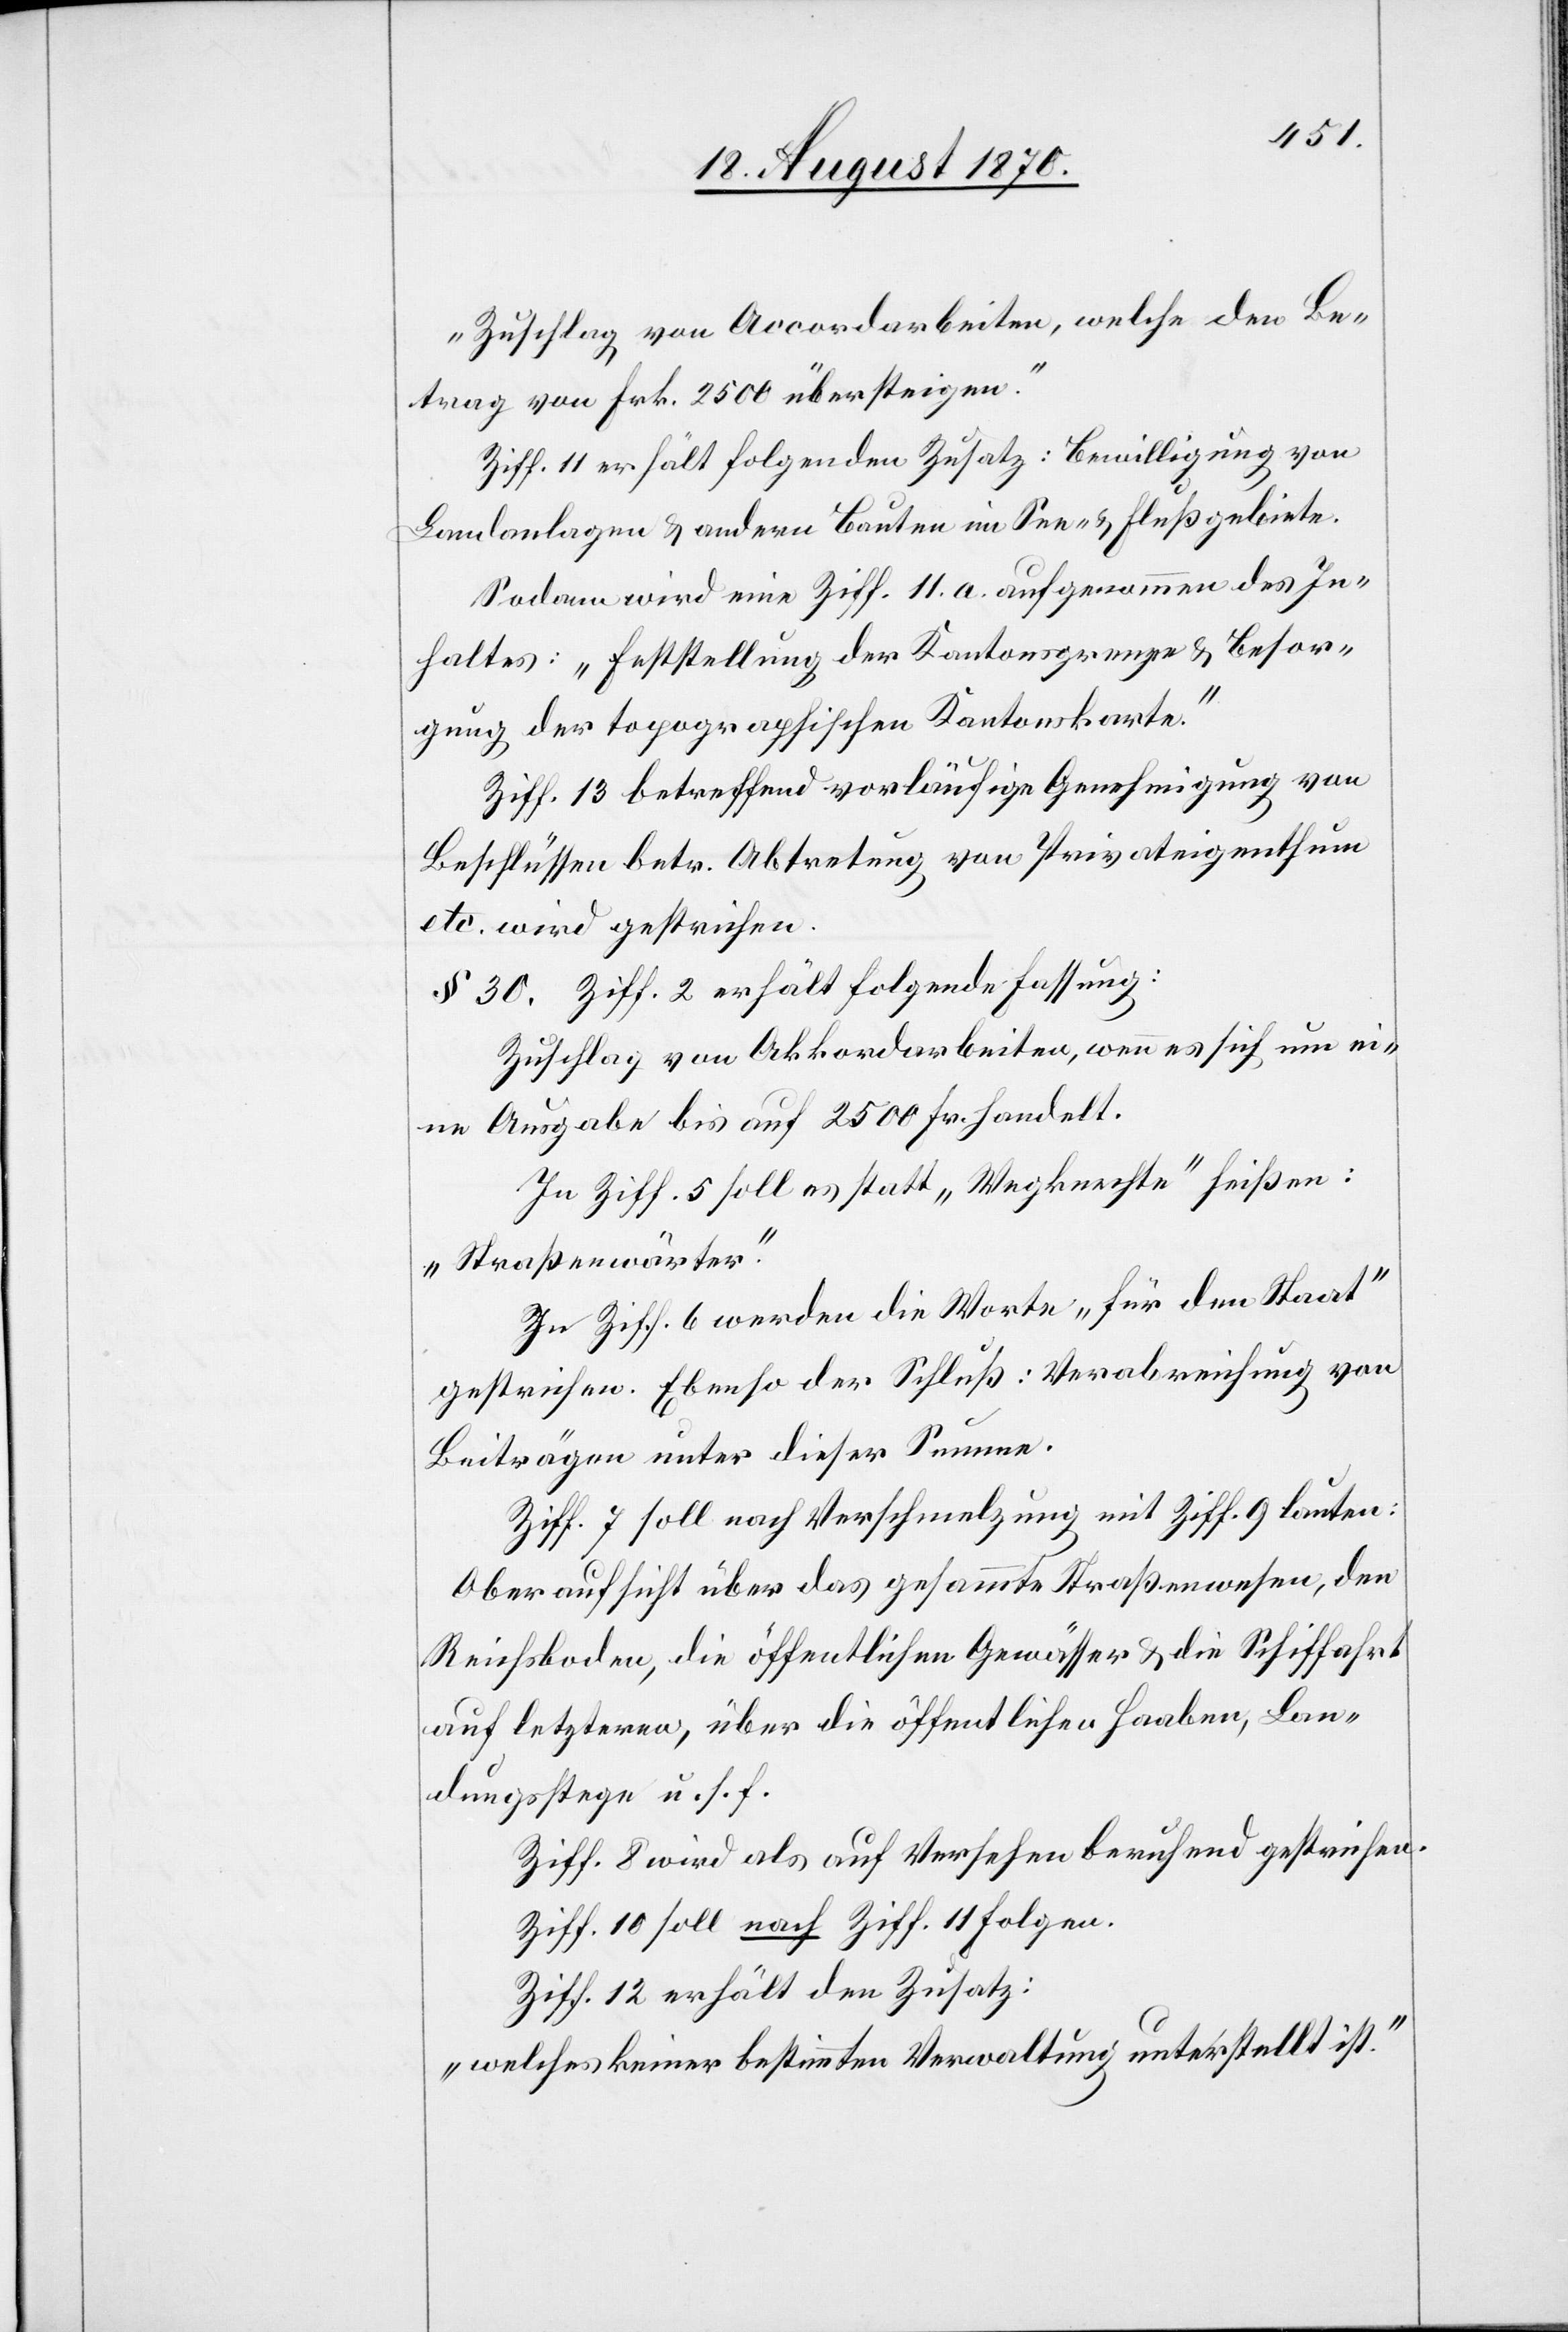
„Zuschlag von Accordarbeiten, welche den Be¬
trag von Fr. 2500 übersteigen.“
Ziff. 11 erhält folgenden Zusatz: Bewilligung von
Landanlagen & andern Bauten im See- & Flußgebiete.
Sodann wird eine Ziff. 11. a. aufgenommen des In¬
haltes: „Feststellung der Kantonsgrenze & Besor¬
gung der topographischen Kantonskarte.“
Ziff. 13 betreffend vorläufige Genehmigung von
Beschlüssen betr. Abtretung von Privateigenthum
etc. wird gestrichen
§ 30. Ziff. 2 erhält folgende Fassung:
Zuschlag von Akkordarbeiten, wenn es sich um ei¬
ne Ausgabe bis auf 2500 Fr. handelt.
In Ziff. 5 soll es statt „Wegknechte“ heißen:
„Straßenwärter“.
In Ziff. 6 werden die Worte „für den Staat“
gestrichen. Ebenso der Schluß: Verabreichung von
Beiträgen unter dieser Summe.
Ziff. 7 soll nach Verschmelzung mit Ziff. 9 lauten:
Oberaufsicht über das gesammte Straßenwesen, den
Reichsboden, die öffentlichen Gewässer & die Schiffahrt
auf letzteren, über die öffentlichen Haaben, Lan¬
dungsstege u. s. f.
Ziff. 8 wird als auf Versehen beruhend gestrichen.
Ziff. 10 soll nach Ziff. 11 folgen.
Ziff. 12 erhält den Zusatz:
„welches keiner bestimmten Verwaltung unterstellt ist.“